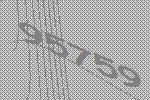
95759